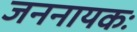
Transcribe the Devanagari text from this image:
जननायकः